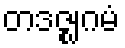
တဒဇ္ဈဂမံ